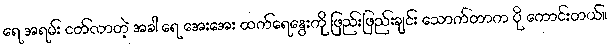
ရေ အရမ်း ငတ်လာတဲ့ အခါ ရေ အေးအေး ထက်ရေနွေးကို ဖြည်းဖြည်းချင်း သောက်တာက ပို ကောင်းတယ်။